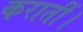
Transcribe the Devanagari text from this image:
करातीं।